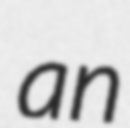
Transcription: an